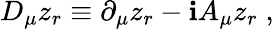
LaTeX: D_{\mu}z_{r}\equiv\partial_{\mu}z_{r}-\mathbf{i}A_{\mu}z_{r}\; ,